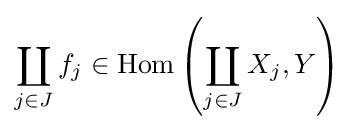
\coprod _{j\in J}f_{j}\in \operatorname {Hom} \left(\coprod _{j\in J}X_{j},Y\right)